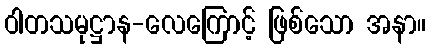
ဝါတသမုဋ္ဌာန-လေကြောင့် ဖြစ်သော အနာ။